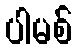
ပါမစ်